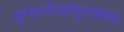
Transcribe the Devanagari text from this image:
कुमारदेव्यामुत्पन्नस्य